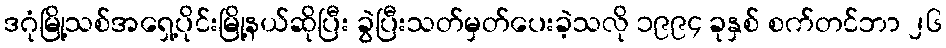
ဒဂုံမြို့သစ်အရှေ့ပိုင်းမြို့နယ်ဆိုပြီး ခွဲပြီးသတ်မှတ်ပေးခဲ့သလို ၁၉၉၄ ခုနှစ် စက်တင်ဘာ ၂၆